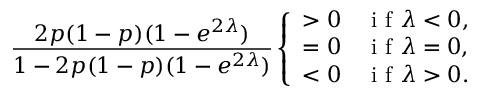
\frac { 2 p ( 1 - p ) ( 1 - e ^ { 2 \lambda } ) } { 1 - 2 p ( 1 - p ) ( 1 - e ^ { 2 \lambda } ) } \left\{ \begin{array} { l l } { > 0 } & { \mathrm { ~ i ~ f ~ } \lambda < 0 , } \\ { = 0 } & { \mathrm { ~ i ~ f ~ } \lambda = 0 , } \\ { < 0 } & { \mathrm { ~ i ~ f ~ } \lambda > 0 . } \end{array} \right.